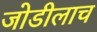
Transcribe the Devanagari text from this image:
जोडीलाच